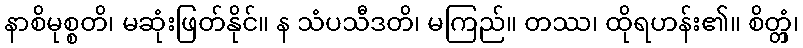
နာစိမုစ္စတိ၊ မဆုံးဖြတ်နိုင်။ န သံပသီဒတိ၊ မကြည်။ တဿ၊ ထိုရဟန်း၏။ စိတ္တှံ၊